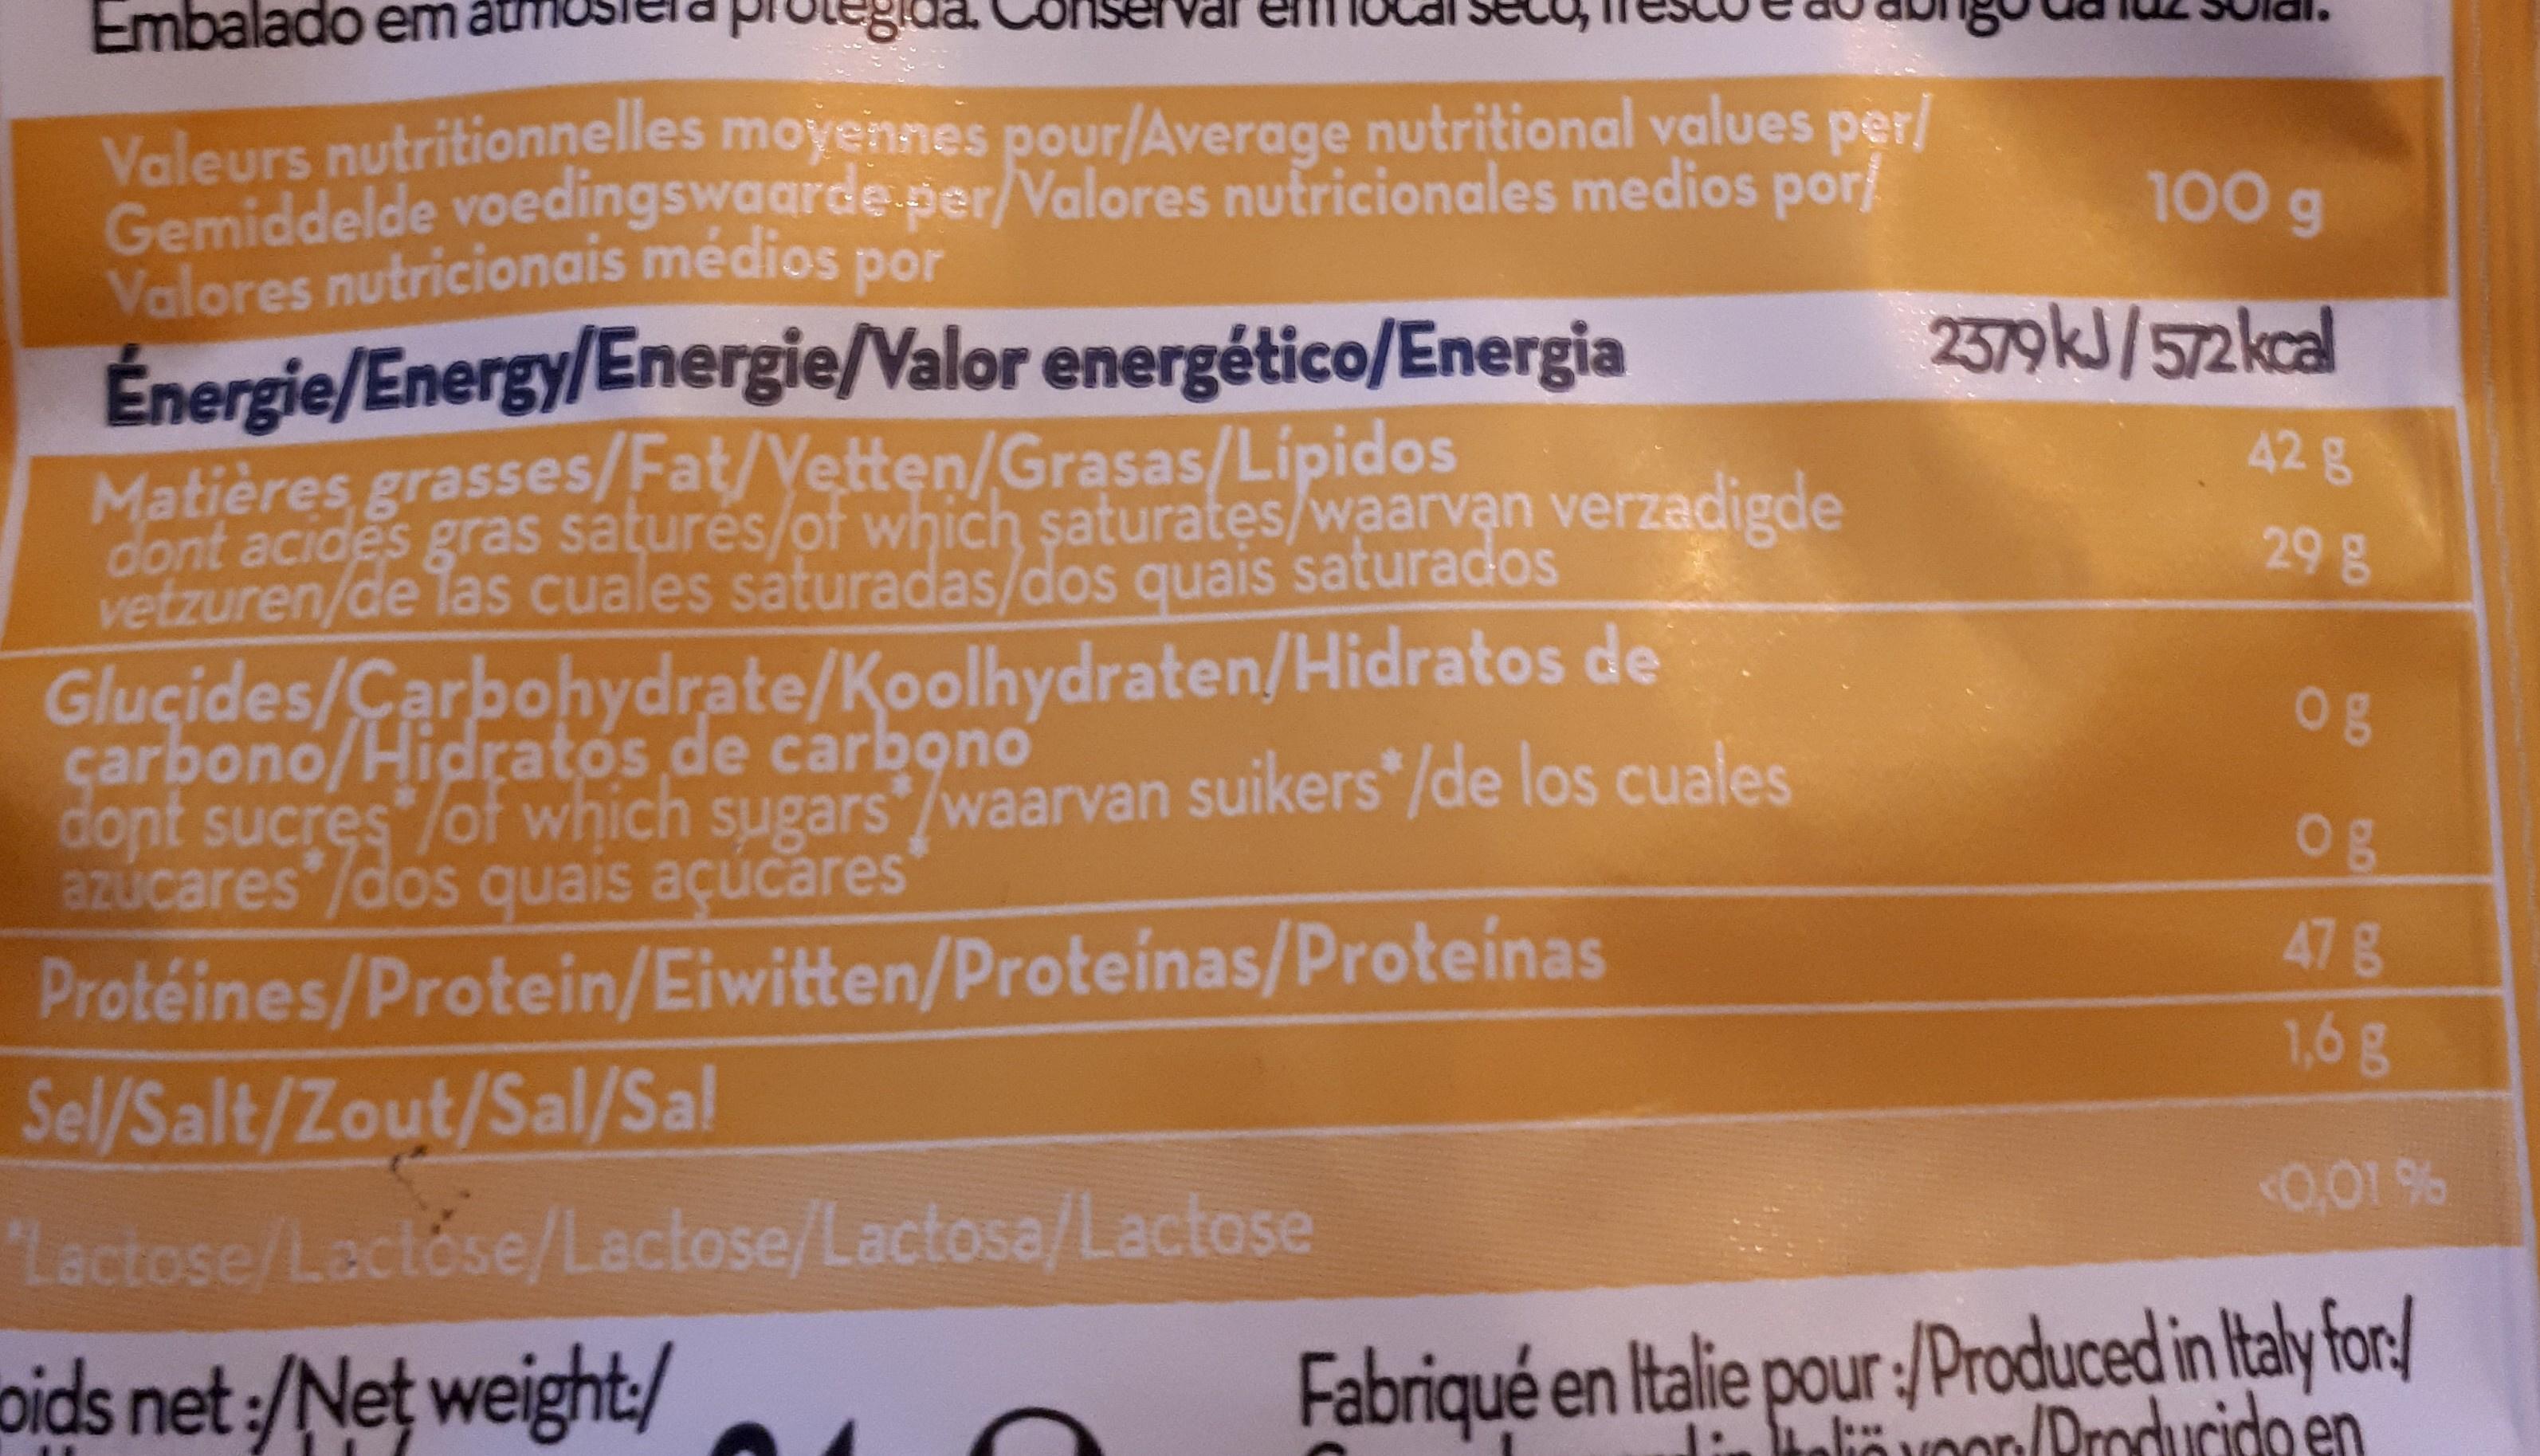
da.
val
Embalado em
Valeurs nutritionnelles moyennes pour/Average nutritional values per/ Gemiddelde voedingswaarde per/Valores nutricionales medios por Valores nutricionais médios por
Énergie/Energy/Energie/Valor energético/Energia
Matières grasses/Fat/Vetten/Grasas/Lípidos
dont acides gras saturés/of which saturates/waarvan verzadigde vetzuren/de las cuales saturadas/dos quais saturados
Sel/Salt/Zout/Sal/Sal
Glucides/Carbohydrate/Koolhydraten/Hidratos carbono/Hidratos de carbono
de
dont sucres /of which sugars waarvan suikers/de los cuales azúcares/dos quais açúcares
Protéines/Protein/Eiwitten/Proteínas/Proteínas
"Lactose/Lactose/Lactose/Lactosa/Lactose
poids net :/Net weight:/
100 g
2379kJ/572 kcal
42 g
29 g
og
og
47 g
1,6 g
<0.01%
Fabriqué en Italie pour :/Produced in Italy for/
dieteliyoon/Producido en